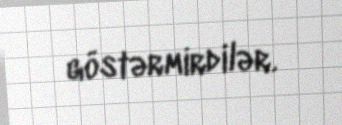
göstərmirdilər.